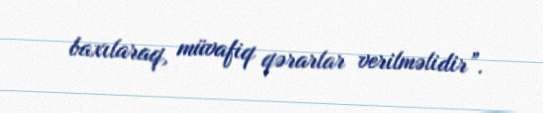
baxılaraq, müvafiq qərarlar verilməlidir”.